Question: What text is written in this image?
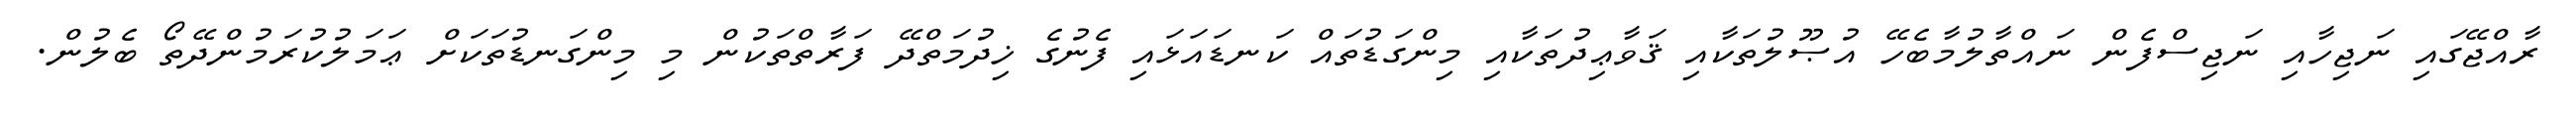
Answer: ރާއްޖޭގައި ނަޖިހާއި ނަޖިސްފެން ނައްތާލުމާބެހޭ އުޞޫލުތަކާއި ޤަވާޢިދުތަކާއި މިންގަޑުތައް ކަނޑައަޅައި ފެނުގެ ޚިދުމަތްދޭ ފަރާތްތަކުން މި މިންގަނޑުތަކަށް ޢަމަލުކުރަމުންދޭތޯ ބެލުން.